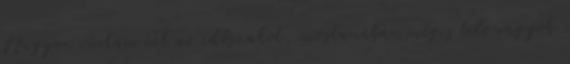
Nagyon vártam ezt az időszakot, mostanában mégis tele vagyok